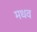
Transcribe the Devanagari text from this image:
मधव